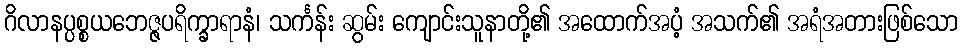
ဂိလာနပ္ပစ္စယဘေဇ္ဇပရိက္ခာရာနံ၊ သင်္ကန်း ဆွမ်း ကျောင်းသူနာတို့၏ အထောက်အပံ့ အသက်၏ အရံအတားဖြစ်သော